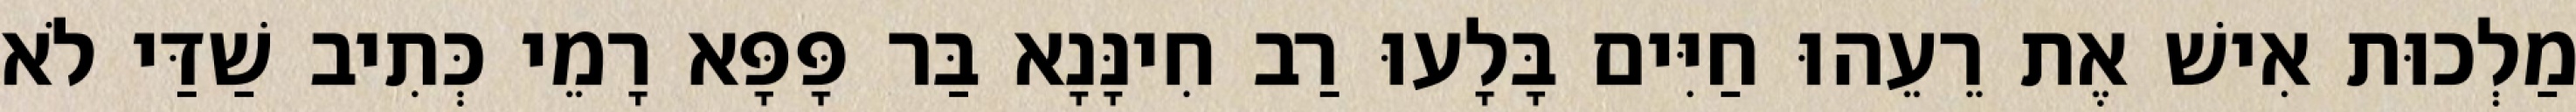
מַלְכוּת אִישׁ אֶת רֵעֵהוּ חַיִּים בָּלָעוּ רַב חִינָּנָא בַּר פָּפָּא רָמֵי כְּתִיב שַׁדַּי לֹא